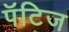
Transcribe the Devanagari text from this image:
पॅटिज